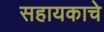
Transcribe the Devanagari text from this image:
सहायकाचे